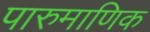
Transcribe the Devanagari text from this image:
पारुमाणिक